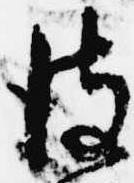
彼